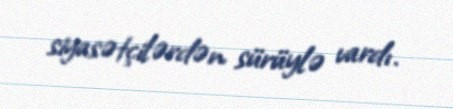
siyasətçilərdən sürüylə vardı.